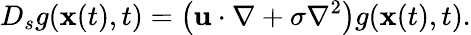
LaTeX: D_{s}g({\mathbf x}(t),t)=\left({\mathbf u}\cdot{\mathbf\nabla}+\sigma\nabla^{2}\right)g({\mathbf x}(t),t).